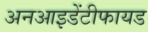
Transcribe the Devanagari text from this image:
अनआइडेंटीफायड